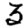
Digit: 3